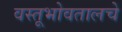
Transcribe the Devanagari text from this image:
वस्तूभोवतालचे